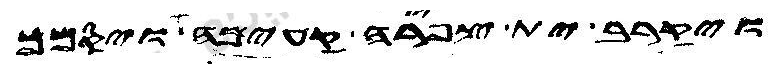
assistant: ויקרב ית צפירה קעימה ויסמך